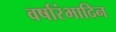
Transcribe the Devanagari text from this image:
वर्षारंभादिन